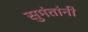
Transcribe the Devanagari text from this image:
सुमंतांनी